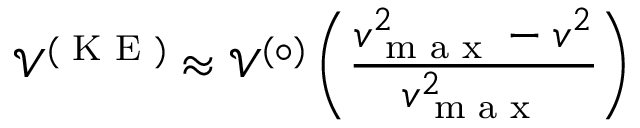
\mathcal { V } ^ { ( \textrm { K E } ) } \approx \mathcal { V } ^ { ( \circ ) } \left( \frac { v _ { \textrm { m a x } } ^ { 2 } - v ^ { 2 } } { v _ { \textrm { m a x } } ^ { 2 } } \right)